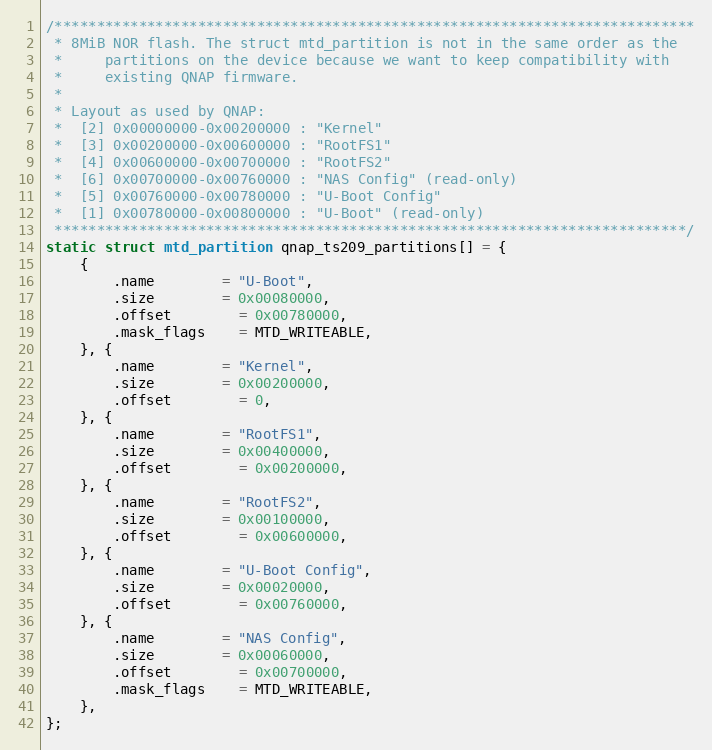
Language: C
/****************************************************************************
 * 8MiB NOR flash. The struct mtd_partition is not in the same order as the
 *     partitions on the device because we want to keep compatibility with
 *     existing QNAP firmware.
 *
 * Layout as used by QNAP:
 *  [2] 0x00000000-0x00200000 : "Kernel"
 *  [3] 0x00200000-0x00600000 : "RootFS1"
 *  [4] 0x00600000-0x00700000 : "RootFS2"
 *  [6] 0x00700000-0x00760000 : "NAS Config" (read-only)
 *  [5] 0x00760000-0x00780000 : "U-Boot Config"
 *  [1] 0x00780000-0x00800000 : "U-Boot" (read-only)
 ***************************************************************************/
static struct mtd_partition qnap_ts209_partitions[] = {
	{
		.name		= "U-Boot",
		.size		= 0x00080000,
		.offset		= 0x00780000,
		.mask_flags	= MTD_WRITEABLE,
	}, {
		.name		= "Kernel",
		.size		= 0x00200000,
		.offset		= 0,
	}, {
		.name		= "RootFS1",
		.size		= 0x00400000,
		.offset		= 0x00200000,
	}, {
		.name		= "RootFS2",
		.size		= 0x00100000,
		.offset		= 0x00600000,
	}, {
		.name		= "U-Boot Config",
		.size		= 0x00020000,
		.offset		= 0x00760000,
	}, {
		.name		= "NAS Config",
		.size		= 0x00060000,
		.offset		= 0x00700000,
		.mask_flags	= MTD_WRITEABLE,
	},
};